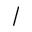
/